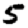
Digit: 5